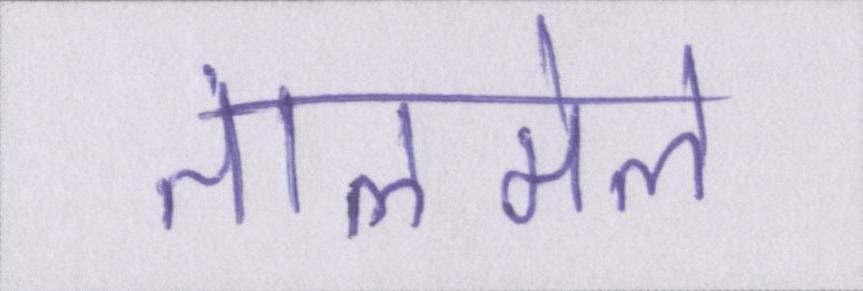
तालमेल